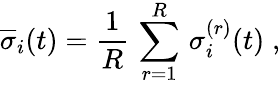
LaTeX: \overline{{\sigma}}_{i}(t)=\frac{1}{R}\, \sum_{r=1}^{R}\, \sigma_{i}^{(r)}(t)\; ,